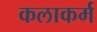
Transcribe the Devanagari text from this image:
कलाकर्म